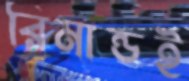
রিমান্ডই